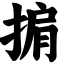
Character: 掮